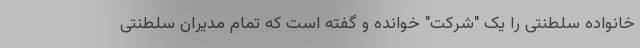
خانواده سلطنتی را یک "شرکت" خوانده و گفته است که تمام مدیران سلطنتی